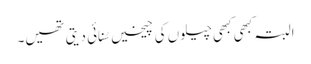
البتہ کبھی کبھی چیلوں کی چیخیں سُنائی دیتی تھیں۔